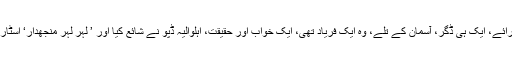
مار آستین، زندگی مسکرائی، آدمی اور سکے، روح کے بندھن، اپنے اور پرائے، ایک ہی ڈگر، آسمان کے تلے، وہ ایک فریاد تھی، ایک خواب اور حقیقت، اہلوالیہ ڈپو نے شائع کیا اور ’ لہر لہر منجھدار‘ اسٹار پبلی کیشن نے شائع کیا جواب بھی دہلی کے کتاب گھروں میں دستیاب ہیں۔